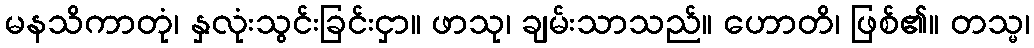
မနသိကာတုံ၊ နှလုံးသွင်းခြင်းငှာ။ ဖာသု၊ ချမ်းသာသည်။ ဟောတိ၊ ဖြစ်၏။ တသ္မ၊